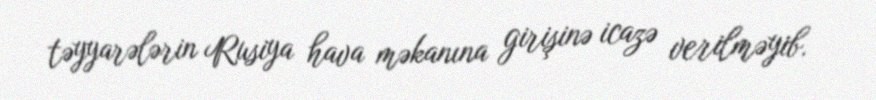
təyyarələrin Rusiya hava məkanına girişinə icazə verilməyib.